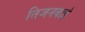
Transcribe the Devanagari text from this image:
तिजनबाई